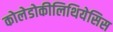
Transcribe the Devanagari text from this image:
कोलेडोकीलिथियेसिस